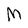
Character: M